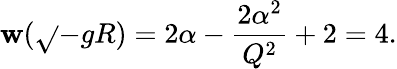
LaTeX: \mathbf{w}(\sqrt{}{{-g}}R)=2\alpha-{\frac{{2\alpha^{2}}}{{Q^{2}}}}+2=4.